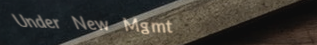
Under New Mgmt